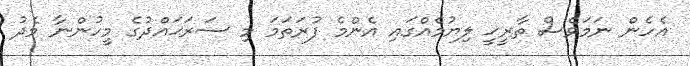
އެހެން ނަމަވެސް ތާރީޚީ ލިޔުމެއްގައި އެންމެ ފުރަތަމަ މި ސަރަޙައްދުގެ މީހުންނާ މެދު